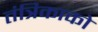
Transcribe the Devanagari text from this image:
तंत्रिकाको